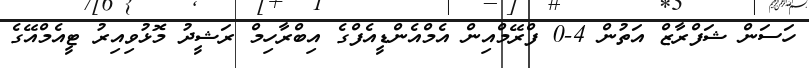
ހަސަން ޝަފްރާޒް އަތުން 4-0 ފްރޭމްއިން އެމްއެންޑީއެފްގެ އިބްރާހިމް ރަޝީދު މޮޅުވިއިރު ޓީއެމްއޭގެ